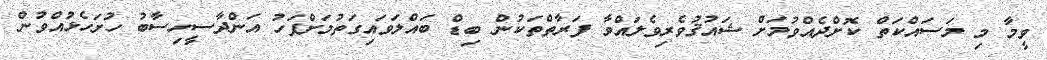
ވީމާ މި މަސައްކަތް ކޮށްދެއްވުމަށް ޝައުޤުވެރިވެލައްވާ ފަރާތްތަކުން ބިޑް ބައްލަވައިގަތުމަށްފަހު އަންދާސީހިސާބު ހުށަހެޅުއްވުން